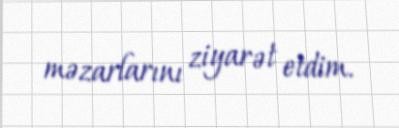
məzarlarını ziyarət etdim.